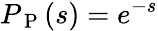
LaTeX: P_{\mathrm{~P~}}(s)=e^{-s}